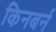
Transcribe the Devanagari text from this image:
किनबर्न